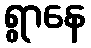
ရွာနေ